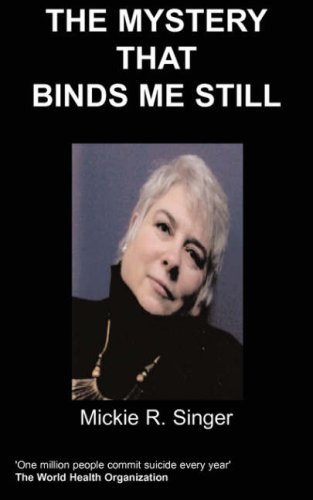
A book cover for The Mystery That Binds Me Still; M. R. Singer; Self-Help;